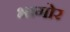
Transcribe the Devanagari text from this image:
भागोर